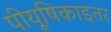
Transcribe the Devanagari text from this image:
पीयूषिकाइतर